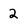
Character: 2